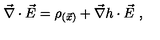
\vec { \nabla } \cdot \vec { E } = \rho _ { ( \vec { x } ) } + \vec { \nabla } h \cdot \vec { E } \ ,